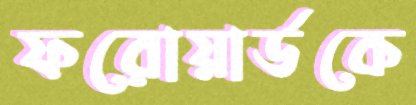
ফরোয়ার্ডকে